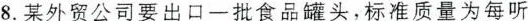
8.某外贸公司要出口一批食品罐头，标准质量为每听